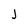
Character: J